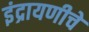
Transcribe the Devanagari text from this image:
इंद्रायणीचे